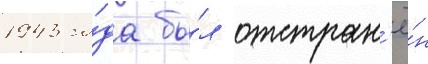
1943 го́да бы́л отстран'ё́н